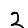
Digit: 2